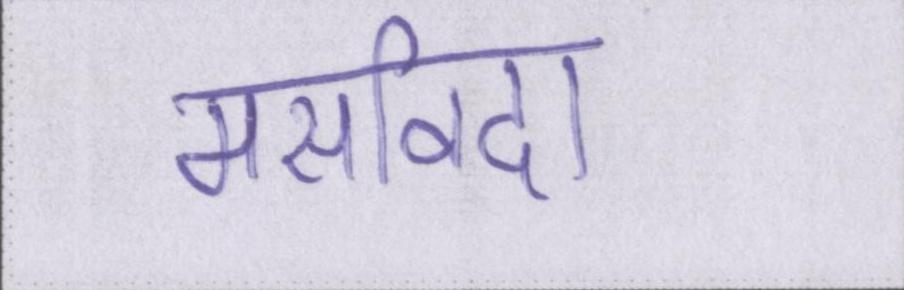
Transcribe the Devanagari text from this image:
मसविदा